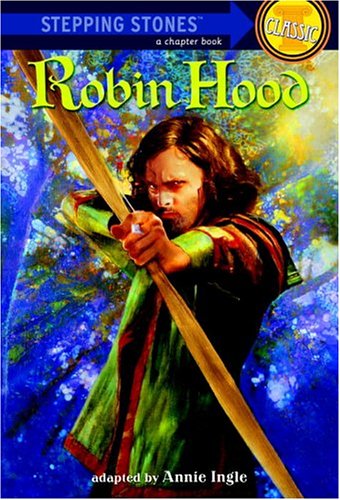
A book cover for Robin Hood (A Stepping Stone Book); Annie Ingle; Children's Books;